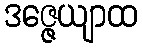
ဒဇ္ဇေယျာထ